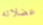
عضلاته